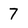
Character: 7